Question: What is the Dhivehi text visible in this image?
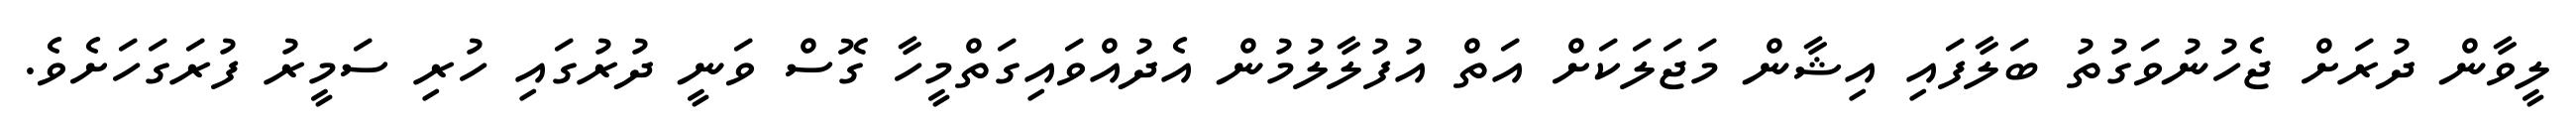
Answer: ލީވާން ދުރަށް ޖެހުނުވަގުތު ބަލާފައި އިޝާން މަޖަލަކަށް އަތް އުފުލާލުމުން އެދުއްވައިގަތްމީހާ ގޮސް ވަނީ ދުރުގައި ހުރި ސަމީރު ފުރަގަހަށެވެ.